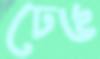
ঢেঙ